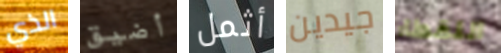
الذي أضيق أثمل جيدين اللقطاء